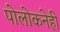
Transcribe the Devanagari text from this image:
पोलोकनेही